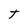
Character: t